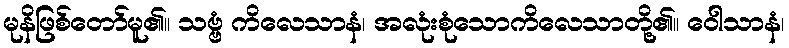
မုနိဖြစ်တော်မူ၏။ သဗ္ဗံ ကိလေသာနံ၊ အလုံးစုံသောကိလေသာတို့၏။ ဝေါသာနံ၊